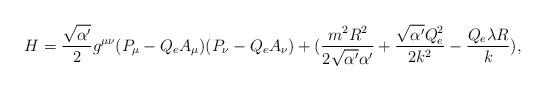
LaTeX: \begin{align*}H = \frac{\sqrt{\alpha^\prime}}{2} g^{\mu \nu} (P_\mu - Q_e A_\mu) (P_\nu - Q_e A_\nu) + (\frac{m^2 R^2}{2 \sqrt{\alpha^\prime} \alpha^\prime} + \frac{\sqrt{\alpha^\prime} Q_e^2}{2 k^2} - \frac{Q_e \lambda R}{k}) ,\end{align*}